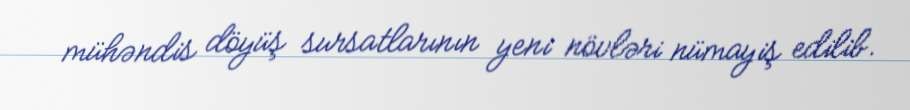
mühəndis döyüş sursatlarının yeni növləri nümayiş edilib.